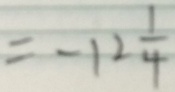
= - 1 2 \frac { 1 } { 4 }